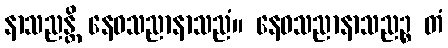
နာသညန္တိ နေဝသညာနာသညံ။ နေဝသညာနာသညဉ္စ တံ